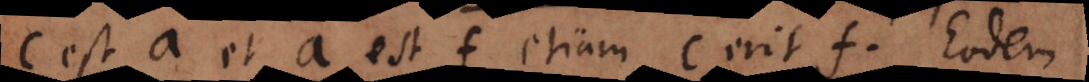
c est a et a est f etiam c erit f. Eodem